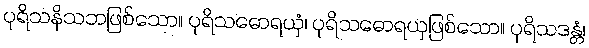
ပုရိသနိသဘဖြစ်သော။ ပုရိသဓောရယှံ၊ ပုရိသဓောရယှဖြစ်သော။ ပုရိသဒန္တံ၊